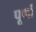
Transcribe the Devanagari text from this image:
पूर्णां